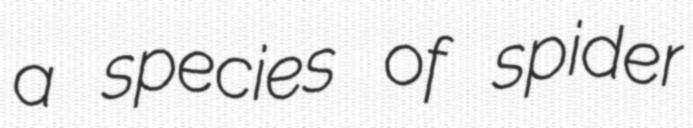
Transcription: a species of spider